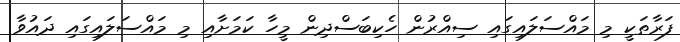
ފަރާތަކީ މި މައްސަލައިގައި ސިއްރުން ހެކިބަސްދިން މީހާ ކަމަށާއި މި މައްސަލައިގައި ދައުވާ